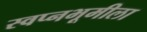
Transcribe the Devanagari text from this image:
स्वप्नभूमीला